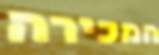
המכירה